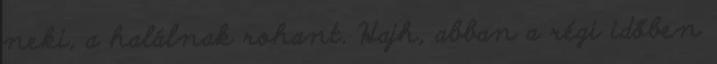
neki, a halálnak rohant. Hajh, abban a régi időben